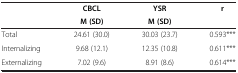
<table><thead><tr><td rowspan="2"><b> </b></td><td><b>CBCL</b></td><td><b>YSR</b></td><td rowspan="2"><b>r</b></td></tr><tr><td><b>M (SD)</b></td><td><b>M (SD)</b></td></tr></thead><tbody><tr><td>Total</td><td>24.61 (30.0)</td><td>30.03 (23.7)</td><td>0.593***</td></tr><tr><td>Internalizing</td><td>9.68 (12.1)</td><td>12.35 (10.8)</td><td>0.611***</td></tr><tr><td>Externalizing</td><td>7.02 (9.6)</td><td>8.91 (8.6)</td><td>0.614***</td></tr></tbody></table>